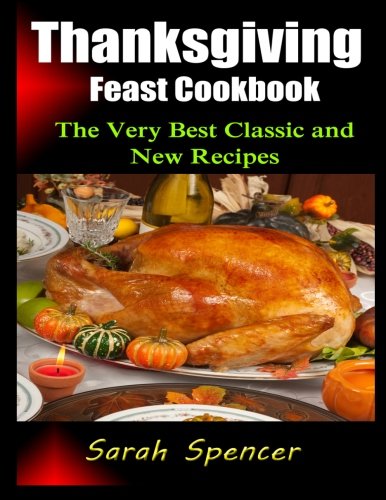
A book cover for Thanksgiving Feast Cookbook: The Very Best Classic and New Recipes; Sarah Spencer; Cookbooks, Food & Wine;